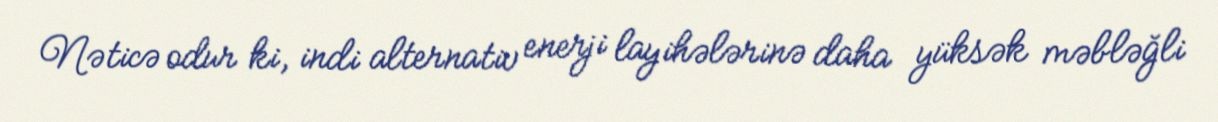
Nəticə odur ki, indi alternativ enerji layihələrinə daha yüksək məbləğli